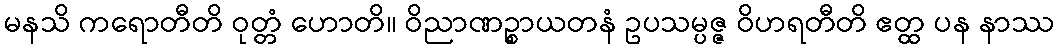
မနသိ ကရောတီတိ ဝုတ္တံ ဟောတိ။ ဝိညာဏဉ္စာယတနံ ဥပသမ္ပဇ္ဇ ဝိဟရတီတိ ဧတ္ထ ပန နာဿ